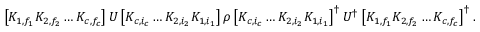
\begin{array} { r l } & { \left[ K _ { 1 , f _ { 1 } } K _ { 2 , f _ { 2 } } \ldots K _ { c , f _ { c } } \right] U \left[ K _ { c , i _ { c } } \ldots K _ { 2 , i _ { 2 } } K _ { 1 , i _ { 1 } } \right] \rho \left[ K _ { c , i _ { c } } \ldots K _ { 2 , i _ { 2 } } K _ { 1 , i _ { 1 } } \right] ^ { \dag } U ^ { \dag } \left[ K _ { 1 , f _ { 1 } } K _ { 2 , f _ { 2 } } \ldots K _ { c , f _ { c } } \right] ^ { \dag } . } \end{array}